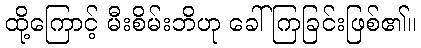
ထို့ကြောင့် မီးစိမ်းဘိဟု ခေါ်ကြခြင်းဖြစ်၏။